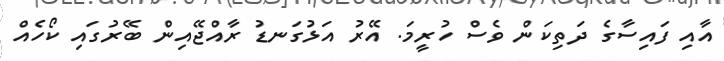
އާއި ފައިސާގެ ދަތިކަން ވެސް ހުރީމަ. އޭރު އަޅުގަނޑު ރާއްޖޭއިން ބޭރުގައި ކޯހެއް